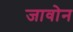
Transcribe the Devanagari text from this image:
जावोन